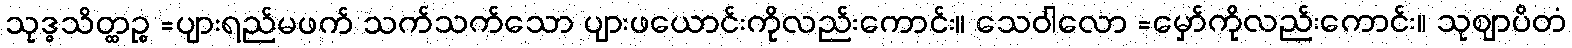
သုဒ္ဓသိတ္ထဉ္စ =ပျားရည်မဖက် သက်သက်သော ပျားဖယောင်းကိုလည်းကောင်း။ သေဝါလော =မှော်ကိုလည်းကောင်း။ သုဈာပိတံ